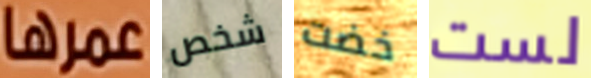
عمرها شخص خضت لست